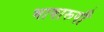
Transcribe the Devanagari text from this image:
भाषारूपी